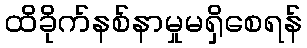
ထိခိုက်နစ်နာမှုမရှိစေရန်